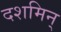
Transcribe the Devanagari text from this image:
दशमिन्‌